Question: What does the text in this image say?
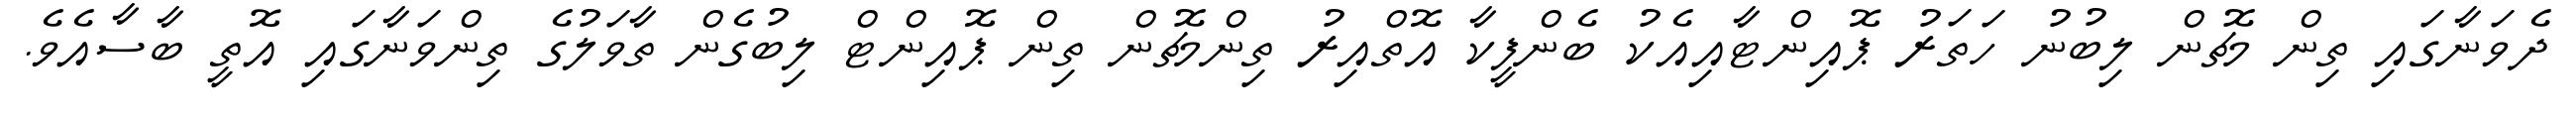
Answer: ދެވަނާގައި ތިން މެޗުން ލިބުނު ހަތަރު ޕޮއިންޓާއިއެކު ބެންފީކާ އޮތްއިރު ތިންމެޗުން ތިން ޕޮއިންޓް ލިބުގެން ތާވަލުގެ ތިންވަނާގައި އޮތީ ބާސާއެވެ.